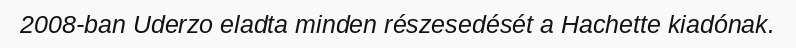
2008-ban Uderzo eladta minden részesedését a Hachette kiadónak.